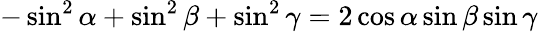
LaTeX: -\sin^{2}\alpha+\sin^{2}\beta+\sin^{2}\gamma=2\cos\alpha\sin\beta\sin\gamma